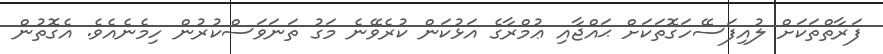
ފަރާތްތަކަށް ލުއިފަސޭހަގޮތަކަށް ޙައްޖާއި ޢުމްރާގެ އަޅުކަން ކުރެވޭނެ މަގު ތަނަވަސްކުރުން ހިމެނެއެވެ. އެގޮތުން